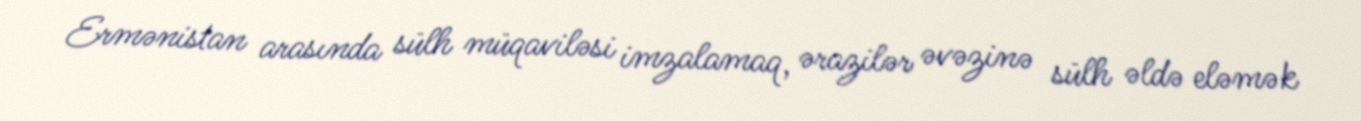
Ermənistan arasında sülh müqaviləsi imzalamaq, ərazilər əvəzinə sülh əldə eləmək